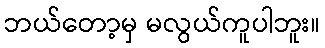
ဘယ်တော့မှ မလွယ်ကူပါဘူး။